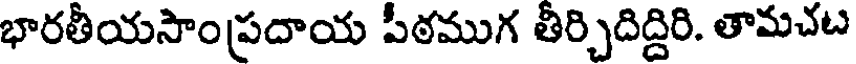
భారతీయసాంప్రదాయ పీఠముగ తీర్చిదిద్దిరి. తామచట